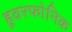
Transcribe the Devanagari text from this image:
हूवरफोनिक